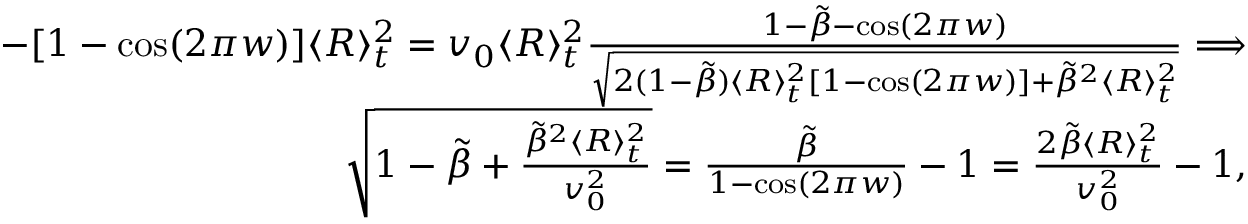
\begin{array} { r l r } & { } & { - [ 1 - \cos ( 2 \pi w ) ] \langle R \rangle _ { t } ^ { 2 } = v _ { 0 } \langle R \rangle _ { t } ^ { 2 } \frac { 1 - \tilde { \beta } - \cos ( 2 \pi w ) } { \sqrt { 2 ( 1 - \tilde { \beta } ) \langle R \rangle _ { t } ^ { 2 } [ 1 - \cos ( 2 \pi w ) ] + \tilde { \beta } ^ { 2 } \langle R \rangle _ { t } ^ { 2 } } } \Longrightarrow } \\ & { } & { \sqrt { 1 - \tilde { \beta } + \frac { \tilde { \beta } ^ { 2 } \langle R \rangle _ { t } ^ { 2 } } { v _ { 0 } ^ { 2 } } } = \frac { \tilde { \beta } } { 1 - \cos ( 2 \pi w ) } - 1 = \frac { 2 \tilde { \beta } \langle R \rangle _ { t } ^ { 2 } } { v _ { 0 } ^ { 2 } } - 1 , } \end{array}